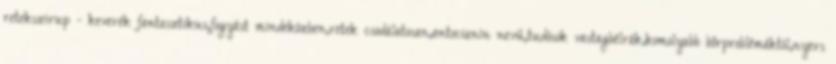
retekszirup - keverék fantasztikus,fogyást mindeközben,retek csodálatosan,antocianin nevű,tudósok vastagbélrák,komolyabb bőrproblémáktól,nyers